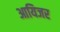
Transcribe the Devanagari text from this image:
आयिजर